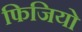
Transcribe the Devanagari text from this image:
फिजियो